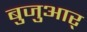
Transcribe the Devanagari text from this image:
बुजुआर्